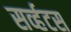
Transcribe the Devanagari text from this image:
सर्व्हटस